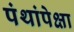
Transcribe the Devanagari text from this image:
पंथांपेक्षा